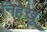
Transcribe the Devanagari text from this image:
निहेखू